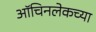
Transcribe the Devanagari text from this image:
ऑचिनलेकच्या